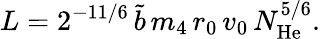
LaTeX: L=2^{-11/6}\, \tilde{b}\, m_{4}\, r_{0}\, v_{0}\, N_{\mathrm{He}}^{5/6}.